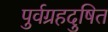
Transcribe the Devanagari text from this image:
पुर्वग्रहदुषित